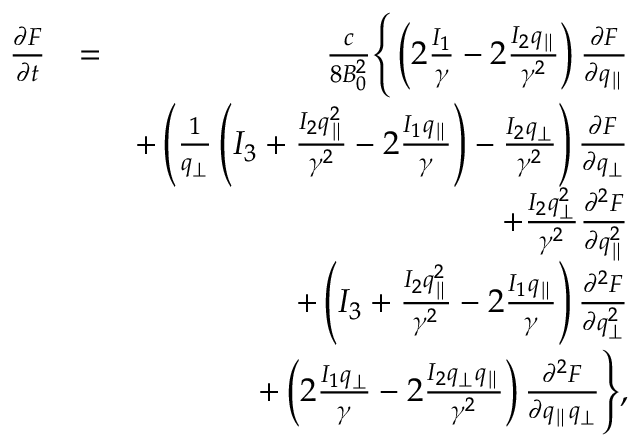
\begin{array} { r l r } { \frac { \partial F } { \partial t } } & { = } & { \frac { c } { 8 B _ { 0 } ^ { 2 } } \Bigg \lbrace \left( 2 \frac { I _ { 1 } } { \gamma } - 2 \frac { I _ { 2 } q _ { \parallel } } { \gamma ^ { 2 } } \right) \frac { \partial F } { \partial q _ { \parallel } } } \\ & { } & { + \left( \frac { 1 } { q _ { \perp } } \left( I _ { 3 } + \frac { I _ { 2 } q _ { \parallel } ^ { 2 } } { \gamma ^ { 2 } } - 2 \frac { I _ { 1 } q _ { \parallel } } { \gamma } \right) - \frac { I _ { 2 } q _ { \perp } } { \gamma ^ { 2 } } \right) \frac { \partial F } { \partial q _ { \perp } } } \\ & { } & { + \frac { I _ { 2 } q _ { \perp } ^ { 2 } } { \gamma ^ { 2 } } \frac { \partial ^ { 2 } F } { \partial q _ { \parallel } ^ { 2 } } } \\ & { } & { + \left( I _ { 3 } + \frac { I _ { 2 } q _ { \parallel } ^ { 2 } } { \gamma ^ { 2 } } - 2 \frac { I _ { 1 } q _ { \parallel } } { \gamma } \right) \frac { \partial ^ { 2 } F } { \partial q _ { \perp } ^ { 2 } } } \\ & { } & { + \left( 2 \frac { I _ { 1 } q _ { \perp } } { \gamma } - 2 \frac { I _ { 2 } q _ { \perp } q _ { \parallel } } { \gamma ^ { 2 } } \right) \frac { \partial ^ { 2 } F } { \partial q _ { \parallel } q _ { \perp } } \Bigg \rbrace , } \end{array}